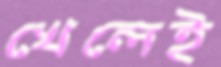
খেলেই